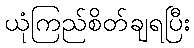
ယုံကြည်စိတ်ချရပြီး